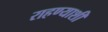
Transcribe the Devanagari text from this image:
राहण्याशी